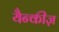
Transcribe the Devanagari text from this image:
यैन्कीज़